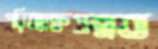
পরিত্যাক্তপ্রত্নত